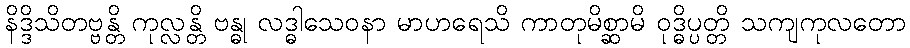
နိဒ္ဒိသိတဗ္ဗန္တိ ကုလ္လန္တိ ဗန္ဓု လဒ္ဓါသေဝနာ မာဟရေသိ ကာတုမိစ္ဆာမိ ဝုဒ္ဓိပ္ပတ္တိ သကျကုလတော